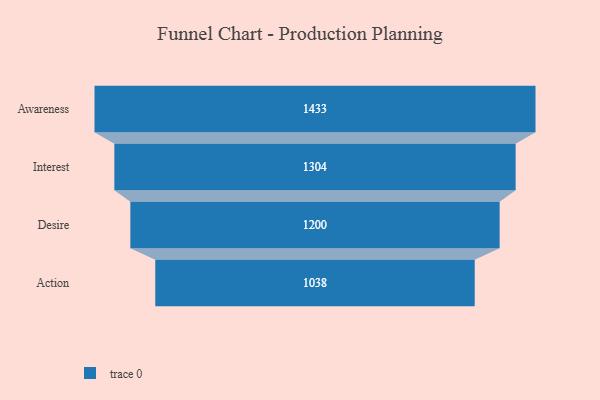
{"axis": {"x": "Stage", "y": "Value"}, "legend": [""], "data": [{"x": "Awareness", "y": 1433.0, "type": ""}, {"x": "Interest", "y": 1304.0, "type": ""}, {"x": "Desire", "y": 1200.0, "type": ""}, {"x": "Action", "y": 1038.0, "type": ""}]}